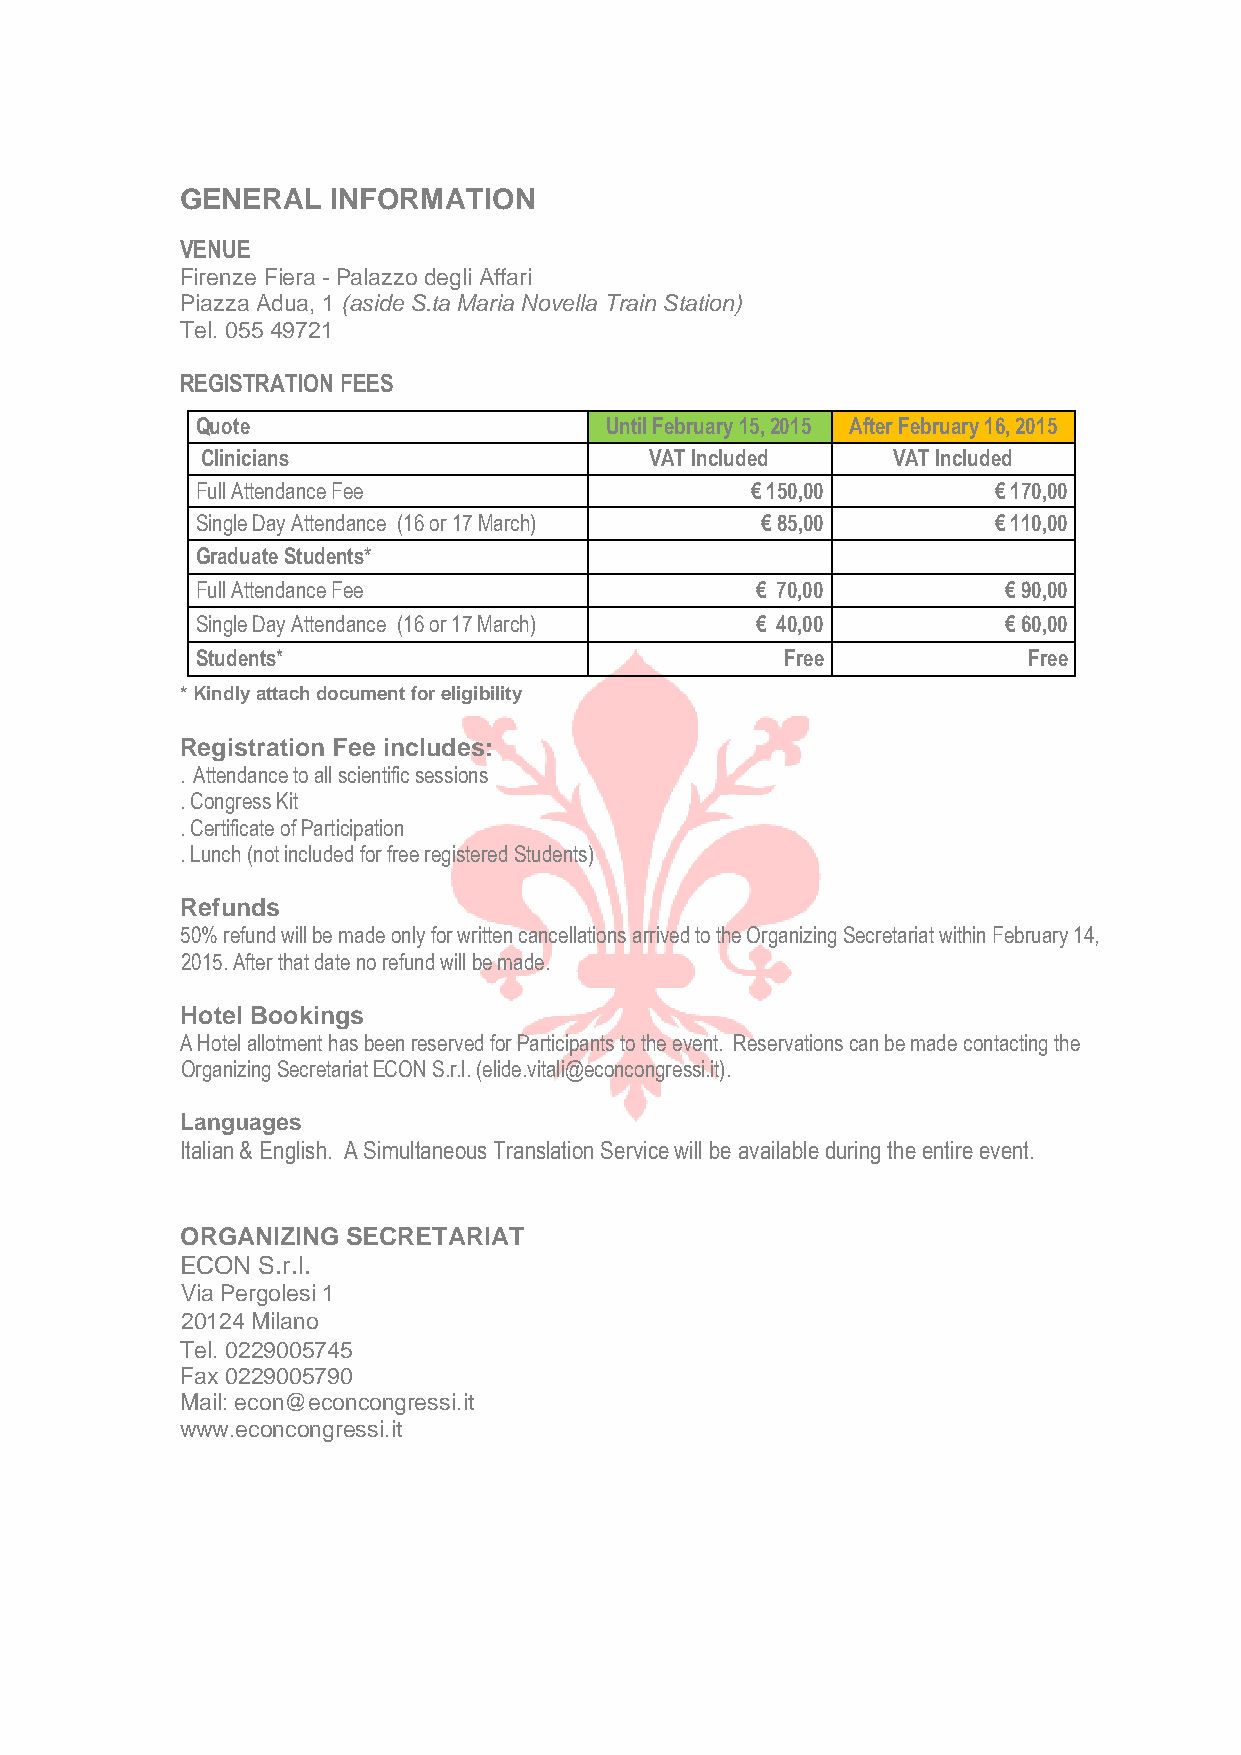
GENERAL   INFORMATION
 VENUE
 Firenze Fiera - Palazzo degli Affari
 Piazza Adua, 1 (aside S.ta Maria Novella Train Station)
 Tel. 055 49721
 REGISTRATION FEES
 Quote                      Until February 15, 2015 After February 16, 2015
 Clinicians                    VAT Included    VAT Included
 Full Attendance Fee                  € 150,00        € 170,00
 Single Day Attendance (16 or 17 March) € 85,00       € 110,00
 Graduate Students*
 Full Attendance Fee                  € 70,00         € 90,00
 Single Day Attendance (16 or 17 March) € 40,00       € 60,00
 Students*                              Free            Free
 * Kindly attach document for eligibility
 Registration Fee includes:
 . Attendance to all scientific sessions
 . Congress Kit
 . Certificate of Participation
 . Lunch (not included for free registered Students)
 Refunds
 50% refund will be made only for written cancellations arrived to the Organizing Secretariat within February 14,
 2015. After that date no refund will be made.
 Hotel Bookings
 A Hotel allotment has been reserved for Participants to the event. Reservations can be made contacting the
 Organizing Secretariat ECON S.r.l. (elide.vitali@econcongressi.it).
 Languages
 Italian & English. A Simultaneous Translation Service will be available during the entire event.
 ORGANIZING SECRETARIAT
 ECON S.r.l.
 Via Pergolesi 1
 20124 Milano
 Tel. 0229005745
 Fax 0229005790
 Mail: econ@econcongressi.it
 www.econcongressi.it